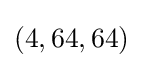
(4,64,64)